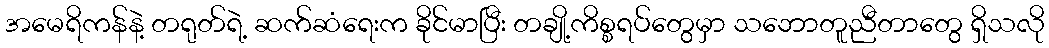
အမေရိကန်နဲ့ တရုတ်ရဲ့ ဆက်ဆံရေးက ခိုင်မာပြီး တချို့ကိစ္စရပ်တွေမှာ သဘောတူညီတာတွေ ရှိသလို